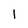
Character: 1